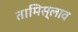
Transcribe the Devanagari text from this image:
तामिस्लाव